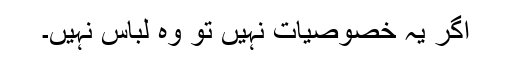
اگر یہ خصوصیات نہیں تو وہ لباس نہیں۔